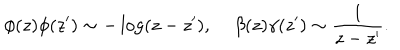
\phi ( z ) \phi ( z ^ { \prime } ) \sim - \log ( z - z ^ { \prime } ) , \, \beta ( z ) \gamma ( z ^ { \prime } ) \sim { \frac { 1 } { z - z ^ { \prime } } } .